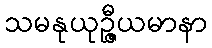
သမနုယုဉ္ဇီယမာနာ